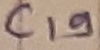
Text: C19